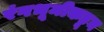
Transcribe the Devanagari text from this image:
रंगभूमीकडून